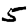
Digit: 5